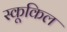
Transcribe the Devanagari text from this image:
स्कूकिल